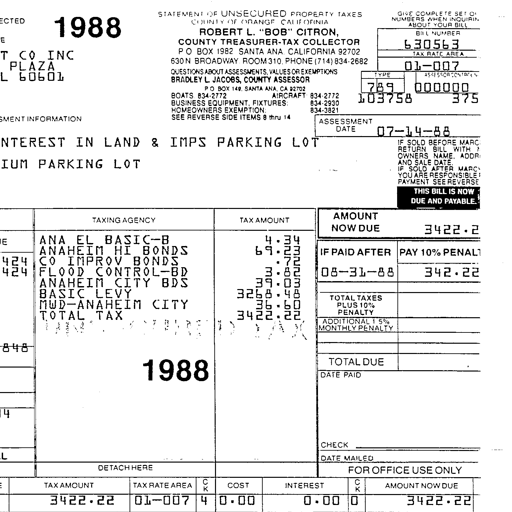
1988
STATEMENT OF UNSECURED PROPERTY TAXES
COUNTY OF ORANGE CALIFORNIA
ROBERT L. "BOB" CITRON,
COUNTY TREASURER-TAX COLLECTOR
P.O. BOX 1982 SANTA ANA, CALIFORNIA 92702
630 N. BROADWAY, ROOM 310, PHONE (714) 834-2682
QUESTIONS ABOUT ASSESSMENTS, VALUES OR EXEMPTIONS
BRADLEY L. JACOBS, COUNTY ASSESSOR
P.O. BOX 149, SANTA ANA, CA 92702
BOATS 834-2772 AIRCRAFT 834-2772
BUSINESS EQUIPMENT, FIXTURES 834-2930
HOMEOWNERS EXEMPTION 834-3821
SEE REVERSE SIDE ITEMS 8 thru 14
GIVE COMPLETE SET OF NUMBERS WHEN INQUIRING ABOUT YOUR BILL
BILL NUMBER
630563
TAX RATE AREA
01-007
TYPE
ASSESSOR'S NO.
789
000000
103758
375
ASSESSMENT DATE
07-14-88
IF SOLD BEFORE MARCH RETURN BILL WITH NEW OWNER'S NAME, ADDRESS AND SALE DATE. IF SOLD AFTER MARCH 1 YOU ARE RESPONSIBLE FOR PAYMENT. SEE REVERSE.
THIS BILL IS NOW DUE AND PAYABLE.
INTEREST IN LAND & IMPS PARKING LOT
TAXING AGENCY
TAX AMOUNT
AMOUNT NOW DUE
3422.22
ANA EL BASIC-B
4.34
ANAHEIM HI BONDS
69.23
IF PAID AFTER
PAY 10% PENALTY
CO IMPROV BONDS
.72
FLOOD CONTROL-BD
3.82
08-31-88
342.22
ANAHEIM CITY BDS
39.03
BASIC LEVY
3268.48
TOTAL TAXES PLUS 10% PENALTY
MWD-ANAHEIM CITY
36.60
TOTAL TAX
3422.22
ADDITIONAL 1.5% MONTHLY PENALTY
TOTAL DUE
1988
DATE PAID
CHECK
DATE MAILED
DETACH HERE
FOR OFFICE USE ONLY
TAX AMOUNT
TAX RATE AREA
CK
COST
INTEREST
CK
AMOUNT NOW DUE
3422.22
01-007
4
0.00
0.00
0
3422.22